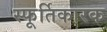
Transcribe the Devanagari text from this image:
स्फूर्तिकारक